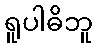
ရူပါဓိဘူ